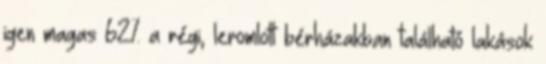
igen magas 62% a régi, leromlott bérházakban található lakások